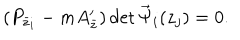
LaTeX: ( P _ { \bar { z } _ { i } } - m A _ { \bar { z } } ^ { \prime } ) \det { \vec { \Psi } } _ { i } ( z _ { j } ) = 0 .